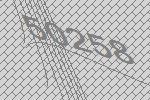
50258